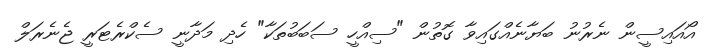
އޯއައިސީން ނެރުނު ބަޔާނެއްގައިވާ ގޮތުން "ސިއްހީ ސަބަބުތަކާ" ހެދި މަދާނީ ސެކްރެޓަރީ ޖެނެރަލް